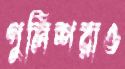
পুলিশরাও